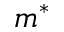
m ^ { * }